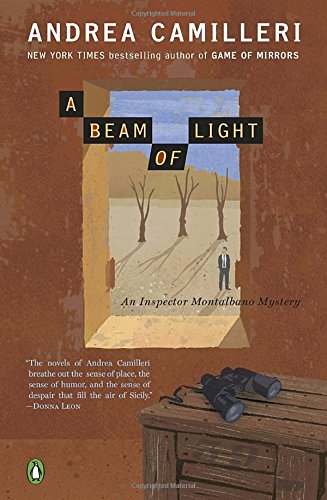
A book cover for A Beam of Light (Inspector Montalbano); Andrea Camilleri; Mystery, Thriller & Suspense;